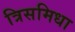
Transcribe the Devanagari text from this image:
त्रिसमिधा